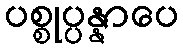
ပစ္စုပ္ပန္နာပေ